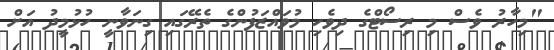
"މިހާރު ވެސް މި ރިސޯޓްގެ ދިވެހި މުވައްޒަފުންގެ ތެރޭގައި ގިނަވާނީ ހުޅުމީދު އަށް